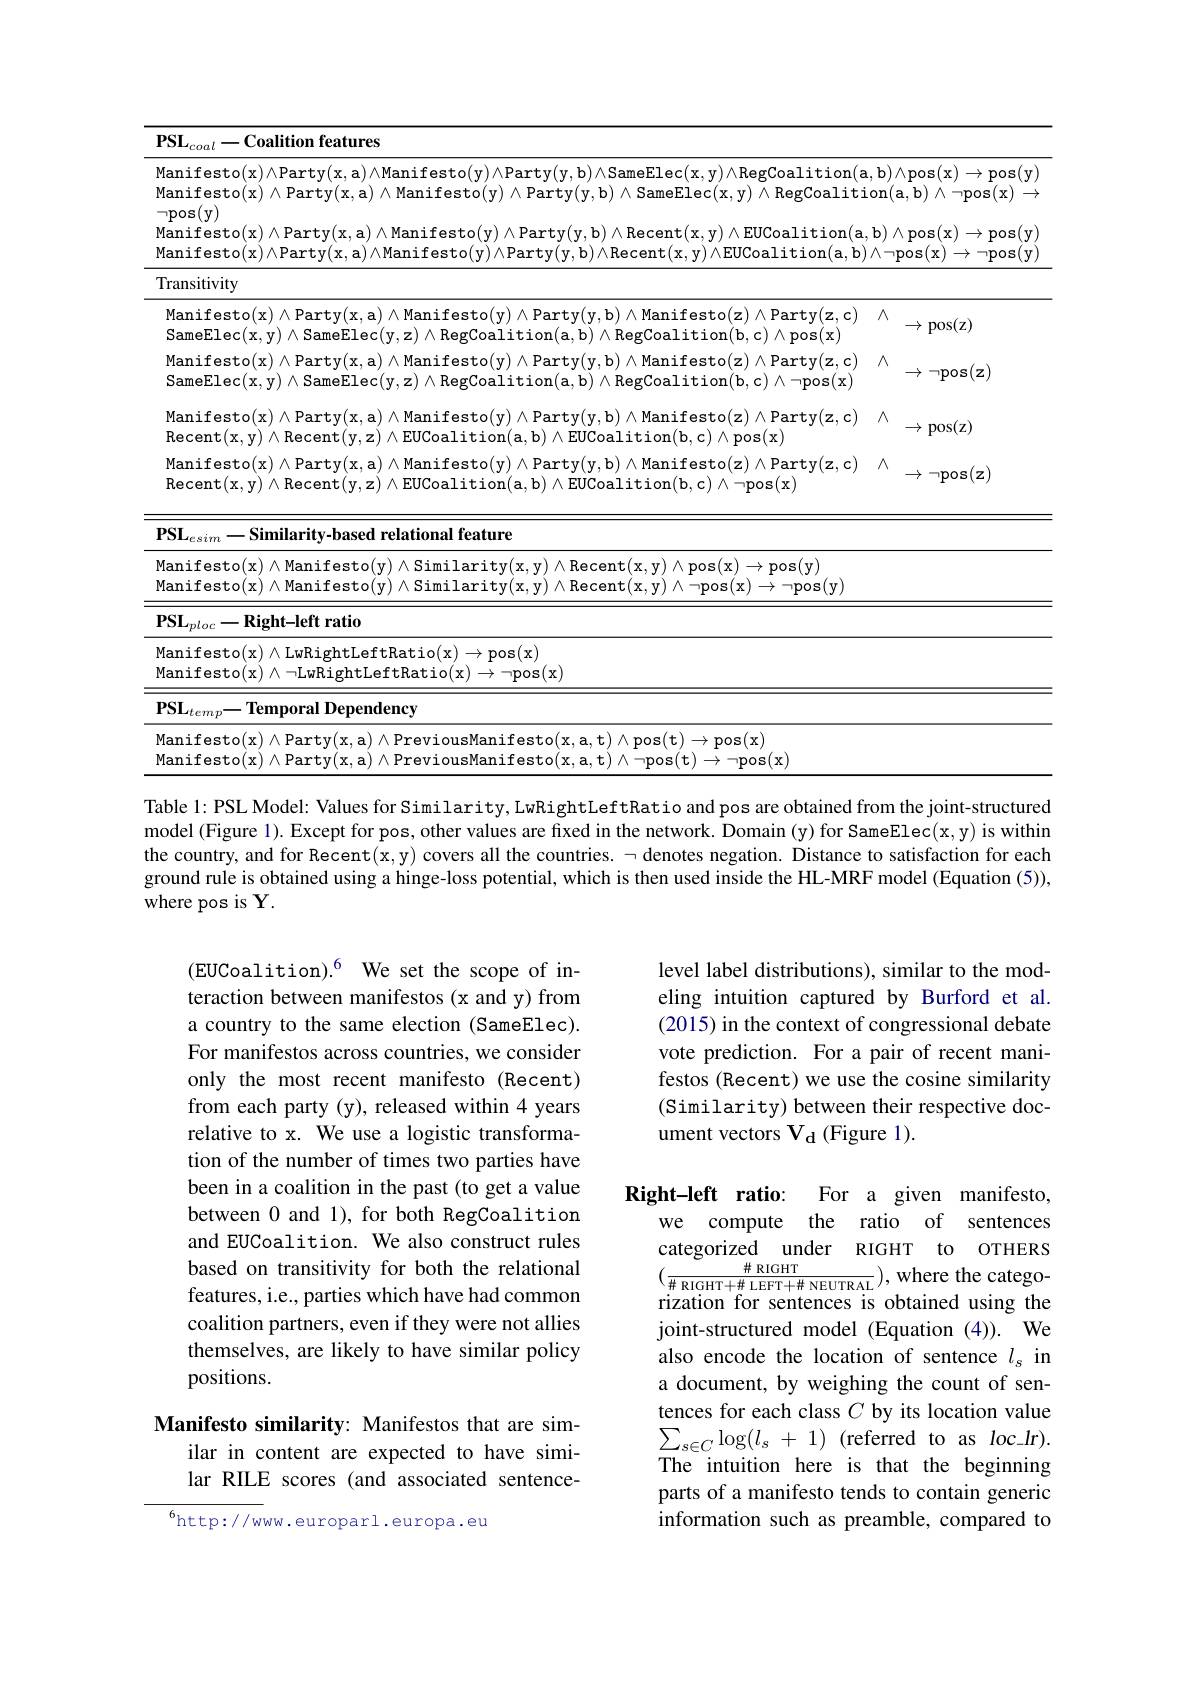
<table>
	<tbody>
		<tr>
			<td>$\mathbf{PSL}_{coal}-\mathbf{Coalition~features}$</td>
			<td> </td>
		</tr>
		<tr>
			<td>$Manifesto(x)\land Party(x,a)\land Manifesto(y)\land Party(y,b)\land SameElec(x,y)\land RegCoalition(anifeste)\land Party(x,a)\land Panifesto(y)\land Party(y,b)\land Party(y,b)\land SameElec(x,y)\land RegCoalition(an),Pan(y,a)\land Party(y,b)\land Party(y,b)\land SameElec(x,y)\land RegCoalition(an),Pan(y,y)\land Pan(y,y)\land Pan(y,y)\land Pan$ Manifesto(x) $\wedge$Party(x,a) $\wedge$Manifesto(y) $\wedge$Party(y,b) $\wedge$SameElec(x,y) $\wedge$RegCoalit:</td>
			<td>$\mathbf{b})\wedge$pos$(\mathbf{x})$ $\to$posi $(\mathbf{y}$ on( a, b) $\wedge \neg$pos$(\mathbf{x})$</td>
		</tr>
		<tr>
			<td>Manifesto(x)$\wedge$Party(x,a)$\wedge$Manifesto(y)$\wedge$Party(y,b)$\wedge$Recent(x,y$)\wedge$EUCoalition(a $Manifesto(x)\land Party(x,a)\land Manifesto(y)\land Party(y,b)\land Recent(x,y)\land EUCoalition(a,b)\land Party(x,a)\land Party(x,a)\land Party(x,a)\land Party(x,a)\land Party(x,a)\land Party(y,b)\land Party(y,b)\land Party(y,b)\land Recent(x,y)\land Recent(x,y)\land EUCoalition(x,b)\land EUCoalition(a,b)\land EUCoalition(a,b)\land DACOCOCOCOCOCO$</td>
			<td>$\wedge$pos$(\mathbf{x})$ $\to$pos $\setminus\neg$pos$(\mathbf{x})$ $\rightarrow$ ${\:\neg pos}$ $V$</td>
		</tr>
		<tr>
			<td>Transitivity</td>
			<td> </td>
		</tr>
		<tr>
			<td>Manifesto $A$ $\mathsf{SameElec(x,y)}\wedge\mathsf{SameElec(y,z)}$ RegCoalitior 11 1 $)\wedge$RegCoalition(b,c)$\wedge$pos$(\mathbf{x}$</td>
			<td>$\wedge$ $\rightarrow$ ${\mathrm{~pos(z)}}$</td>
		</tr>
		<tr>
			<td>$\operatorname{SameElec}(\mathbf{x},\mathbf{y})$ $)\wedge$SameElec( w $)\wedge$RegCoalition(b,c)$\wedge\neg$pos$(\mathbf{x})$</td>
			<td>$z$ $\rightarrow$ $\neg\mathbf{pos}$</td>
		</tr>
		<tr>
			<td>$UU(L)$ ${\mathbf{rty}}(\mathbf{z},\mathbf{c})$ $\operatorname{Recent}(\mathbf{x},\mathbf{y})\wedge\operatorname{Recent}(\mathbf{y},\mathbf{z})\wedge\operatorname{EUCoalition}(\mathbf{a},\mathbf{b})\wedge\operatorname{EUCoalition}(\mathbf{b},\mathbf{c})\wedge\neg\operatorname{pos}(\mathbf{x})$</td>
			<td>$\neg$pos$(\mathbf{z})$ $\xrightarrow{\frac{1}{t}}$</td>
		</tr>
		<tr>
			<td>ure Manifesto(x)$\wedge$Manifesto(y)$\wedge$Similarity(x,y)$\wedge$Recent(x,y$) \wedge$pos(x$) \to$pos(y)</td>
			<td> </td>
		</tr>
		<tr>
			<td>Manifesto(x $)\land$Manifesto(y)$\land$Sir ent( x, y) $\wedge \neg$pos( x) $\to \neg$pos( y) </td>
			<td> </td>
		</tr>
		<tr>
			<td>Manifesto(x) $\wedge$LwRightLeftRatio(x)$\to$pos(x) Manifest $\cdot h+ T$ $af+ R$ $a+ i$ $a($ $\neg\mathbf{pos}(\mathbf{x})$</td>
			<td> </td>
		</tr>
		<tr>
			<td>$PSL$ $\mathbf{Temporal}$ |Dependency</td>
			<td> </td>
		</tr>
		<tr>
			<td>Manifesto(x)$\wedge$Party(x,a)$\wedge$PreviousManifesto(x,a,t)$\wedge$pos(t)$\to$pos(x) Manifesto $\Lambda Par$ $\Delta Previou$ $to(x,a,t)\wedge\neg pos(t)\to$ $\neg pos(x$</td>
			<td> </td>
		</tr>
	</tbody>
</table>
Table 1: PSL Model: Values for Similarity, LwRightLeftRatio and pos are obtained from the joint-structured

model (Figure 1). Except for pos, other values are fixed in the network. Domain (y) for SameElec(x,y) is within the country, and for Recent(x,y) covers all the countries. ¬ denotes negation. Distance to satisfaction for each ground rule is obtained using a hinge-loss potential, which is then used inside the HL-MRF model (Equation (5)), where pos is Y.

level label distributions), similar to the modeling intuition captured by Burford et al. (2015) in the context of congressional debate vote prediction. For a pair of recent manifestos (Recent) we use the cosine similarity (Similarity) between their respective document vectors V d (Figure 1).

(EUCoalition).$^6$ We set the scope of interaction between manifestos (x and y) from a country to the same election (SameElec). For manifestos across countries, we consider only the most recent manifesto (Recent) from each party (y), released within 4 years relative to x. We use a logistic transformation of the number of times two parties have been in a coalition in the past (to get a value between 0 and 1),for both RegCoalition and EUCoalition. We also construct rules based on transitivity for both the relational features, i.e., parties which have had common coalition partners, even if they were not allies themselves, are likely to have similar policy positions.

Right-left ratio: For a given manifesto,
we compute the ratio of sentences categorized under RIGHT to OTHERS $(\frac{\#\mathrm{~RIGHT}}{\#\mathrm{~RIGHT}+\#\mathrm{~LEFT}+\#\mathrm{~NEUTRAL}})$,where the categorization for sentences is obtained using the joint-structured model (Equation (4)). We also encode the location of sentence $l_s$ in a document, by weighing the count of sentences for each class $C$ by its location value $\sum_{s\in C}\log(l_{s}+1)$(referred to as$loc\_lr).$ The intuition here is that the beginning parts of a manifesto tends to contain generic information such as preamble, compared to

## Manifesto similarity: Manifestos that are similar in content are expected to have similar RILE scores (and associated sentence-

$^{6}$http://www.europarl.europa.eu